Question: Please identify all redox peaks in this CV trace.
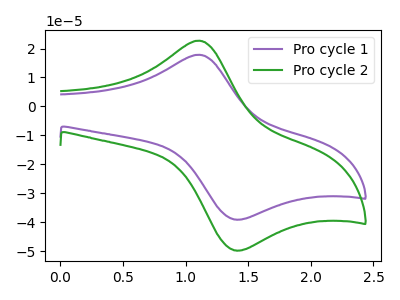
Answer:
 <answer>The purple curve "Pro cycle 1" has an anodic peak at (1.10V, 17.85uA) and a cathodic peak at (1.40V, -39.05uA). The green curve "Pro cycle 2" has an anodic peak at (1.10V, 22.70uA) and a cathodic peak at (1.40V, -49.70uA).</answer>
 <eval></eval>